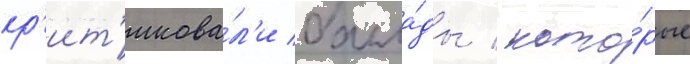
кр'ит'икова́л'и балла́ды / кото́рые